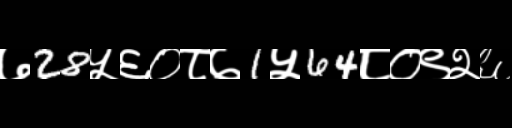
Text: ७28५६०८७1५64८०९२६